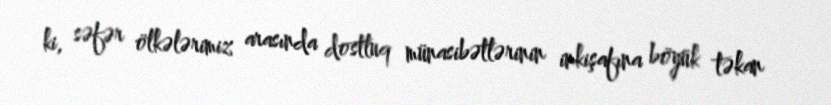
ki, səfər ölkələrimiz arasında dostluq münasibətlərinin inkişafına böyük təkan